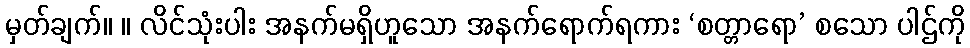
မှတ်ချက်။ ။ လိင်သုံးပါး အနက်မရှိဟူသော အနက်ရောက်ရကား ‘စတ္တာရော’ စသော ပါဌ်ကို